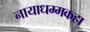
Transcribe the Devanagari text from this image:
नायाधम्मकहा